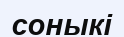
соныкі